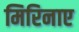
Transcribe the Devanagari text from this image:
मिरिनाए